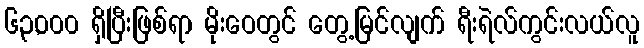
၆၃,၀၀၀ ရှိပြီးဖြစ်ရာ မိုးဝေတွင် တွေ့မြင်လျက် ရီးရဲလ်ကွင်းလယ်လူ